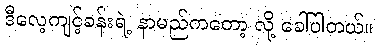
ဒီလေ့ကျင့်ခန်းရဲ့ နာမည်ကတော့ လို့ ခေါ်ပါတယ်။